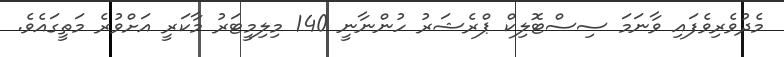
މެދުވެރިވެފައި ވާނަމަ ސިސްޓޮލިކް ޕްރެޝަރު ހުންނާނީ 140 މިލިމީޓަރު މާކަރީ އަށްވުރެ މަތީގައެވެ.